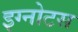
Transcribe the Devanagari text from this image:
इग्नोटस